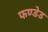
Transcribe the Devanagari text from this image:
फण्डेड